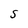
Character: S